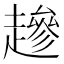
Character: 䟃